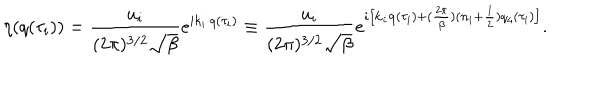
\eta ( q ( \tau _ { i } ) ) = \frac { u _ { i } } { ( 2 \pi ) ^ { 3 / 2 } \sqrt { \beta } } e ^ { i k _ { i } \cdot q ( \tau _ { i } ) } \equiv \frac { u _ { i } } { ( 2 \pi ) ^ { 3 / 2 } \sqrt { \beta } } e ^ { i \left[ { \bf k } _ { i } { \bf q } ( \tau _ { i } ) + ( \frac { 2 \pi } { \beta } ) ( n _ { i } + \frac 1 2 ) q _ { 4 } ( \tau _ { i } ) \right] } .